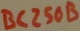
Text: BC250B